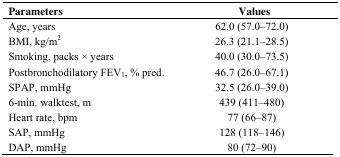
<table><thead><tr><td><b>Parameters</b></td><td><b>Values</b></td></tr></thead><tbody><tr><td>Age, years</td><td>62.0 (57.0–72.0)</td></tr><tr><td>BMI, kg/m<sup>2</sup></td><td>26.3 (21.1–28.5)</td></tr><tr><td>Smoking, packs × years</td><td>40.0 (30.0–73.5)</td></tr><tr><td>Postbronchodilatory FEV<sub>1</sub>, % pred.</td><td>46.7 (26.0–67.1)</td></tr><tr><td>SPAP, mmHg</td><td>32.5 (26.0–39.0)</td></tr><tr><td>6-min. walktest, m</td><td>439 (411–480)</td></tr><tr><td>Heart rate, bpm</td><td>77 (66–87)</td></tr><tr><td>SAP, mmHg</td><td>128 (118–146)</td></tr><tr><td>DAP, mmHg</td><td>80 (72–90)</td></tr></tbody></table>